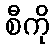
စီကို